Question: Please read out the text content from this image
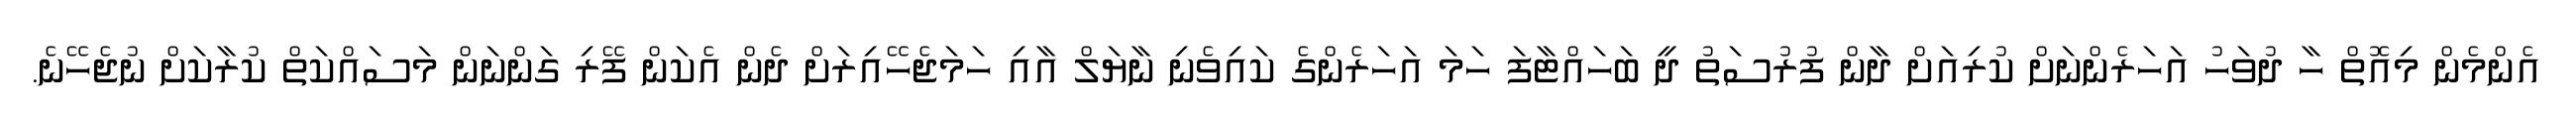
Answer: އެންމެން މިއޮތް ހާ ދުވަހު އަހަރެންނަށް ކުރިއަށް ދާން ފުރުސަތު ދީ ބަހައްޓާފަ ހަމަ އަހަރެންގެ ކައިވެނި ނާޔަލް އާއި ހަމަޖެހޭއިރަށް ދެން އެކަން ފޭރި ގަންނަން މަސައްކަތް ކުރާކަށް ނުޖެހޭނެ.